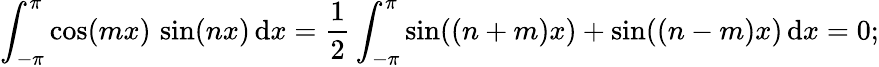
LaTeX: \int_{-\pi}^{\pi}\cos(mx)\, \sin(nx)\, \mathrm{d}x={\frac{{1}}{{2}}}\int_{-\pi}^{\pi}\sin((n+m)x)+\sin((n-m)x)\, \mathrm{d}x=0;